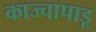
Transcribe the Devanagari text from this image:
काज्चापाडू